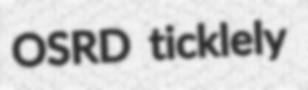
OSRD ticklely